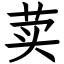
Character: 荬